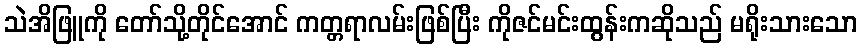
သဲအိဖြူကို တော်သို့တိုင်အောင် ကတ္တရာလမ်းဖြစ်ပြီး ကိုဇင်မင်းထွန်းကဆိုသည် မရိုးသားသော